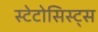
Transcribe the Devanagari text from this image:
स्टेटोसिस्ट्स